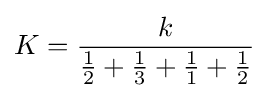
K={\frac {k}{{\frac {1}{2}}+{\frac {1}{3}}+{\frac {1}{1}}+{\frac {1}{2}}}}